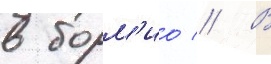
в борм'ио // В